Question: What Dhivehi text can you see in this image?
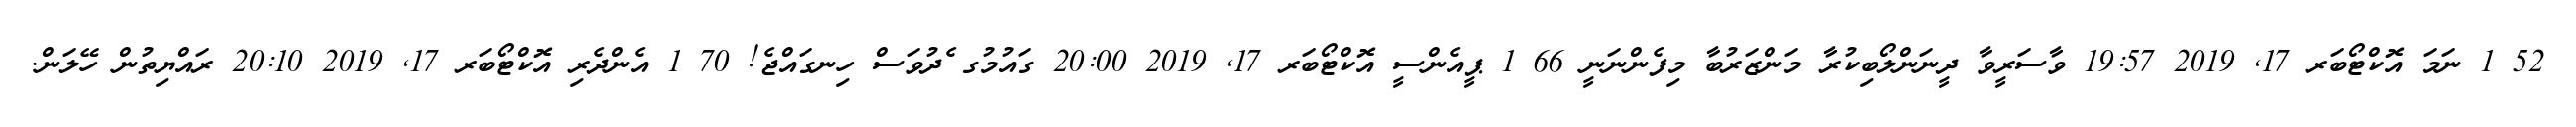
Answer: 52 1 ނަމަ އޮކްޓޯބަރ 17, 2019 19:57 ވާސަރީވާ ދީނަންލޯބިކުރާ މަންޒަރުބާ މިފެންނަނީ 66 1 ޕީއެންސީ އޮކްޓޯބަރ 17, 2019 20:00 ގައުމުގ ެދުވަސް ހިނގައްޖެ! 70 1 އެންދެރި އޮކްޓޯބަރ 17, 2019 20:10 ރައްޔިތުން ހޭލަން.